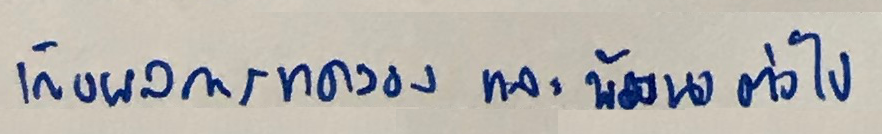
เก็บผลการทดลองและพัฒนาต่อไป